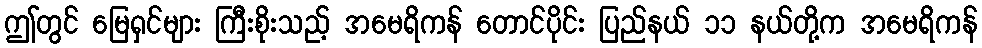
ဤတွင် မြေရှင်များ ကြီးစိုးသည့် အမေရိကန် တောင်ပိုင်း ပြည်နယ် ၁၁ နယ်တို့က အမေရိကန်